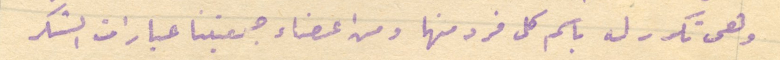
وهى تكرر له باسم كل فرد منها ومن اعضاء جمعيتنا عبارات الشكر